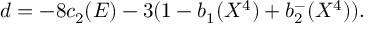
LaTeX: d = - 8 c _ { 2 } ( E ) - 3 ( 1 - b _ { 1 } ( X ^ { 4 } ) + b _ { 2 } ^ { - } ( X ^ { 4 } ) ) .